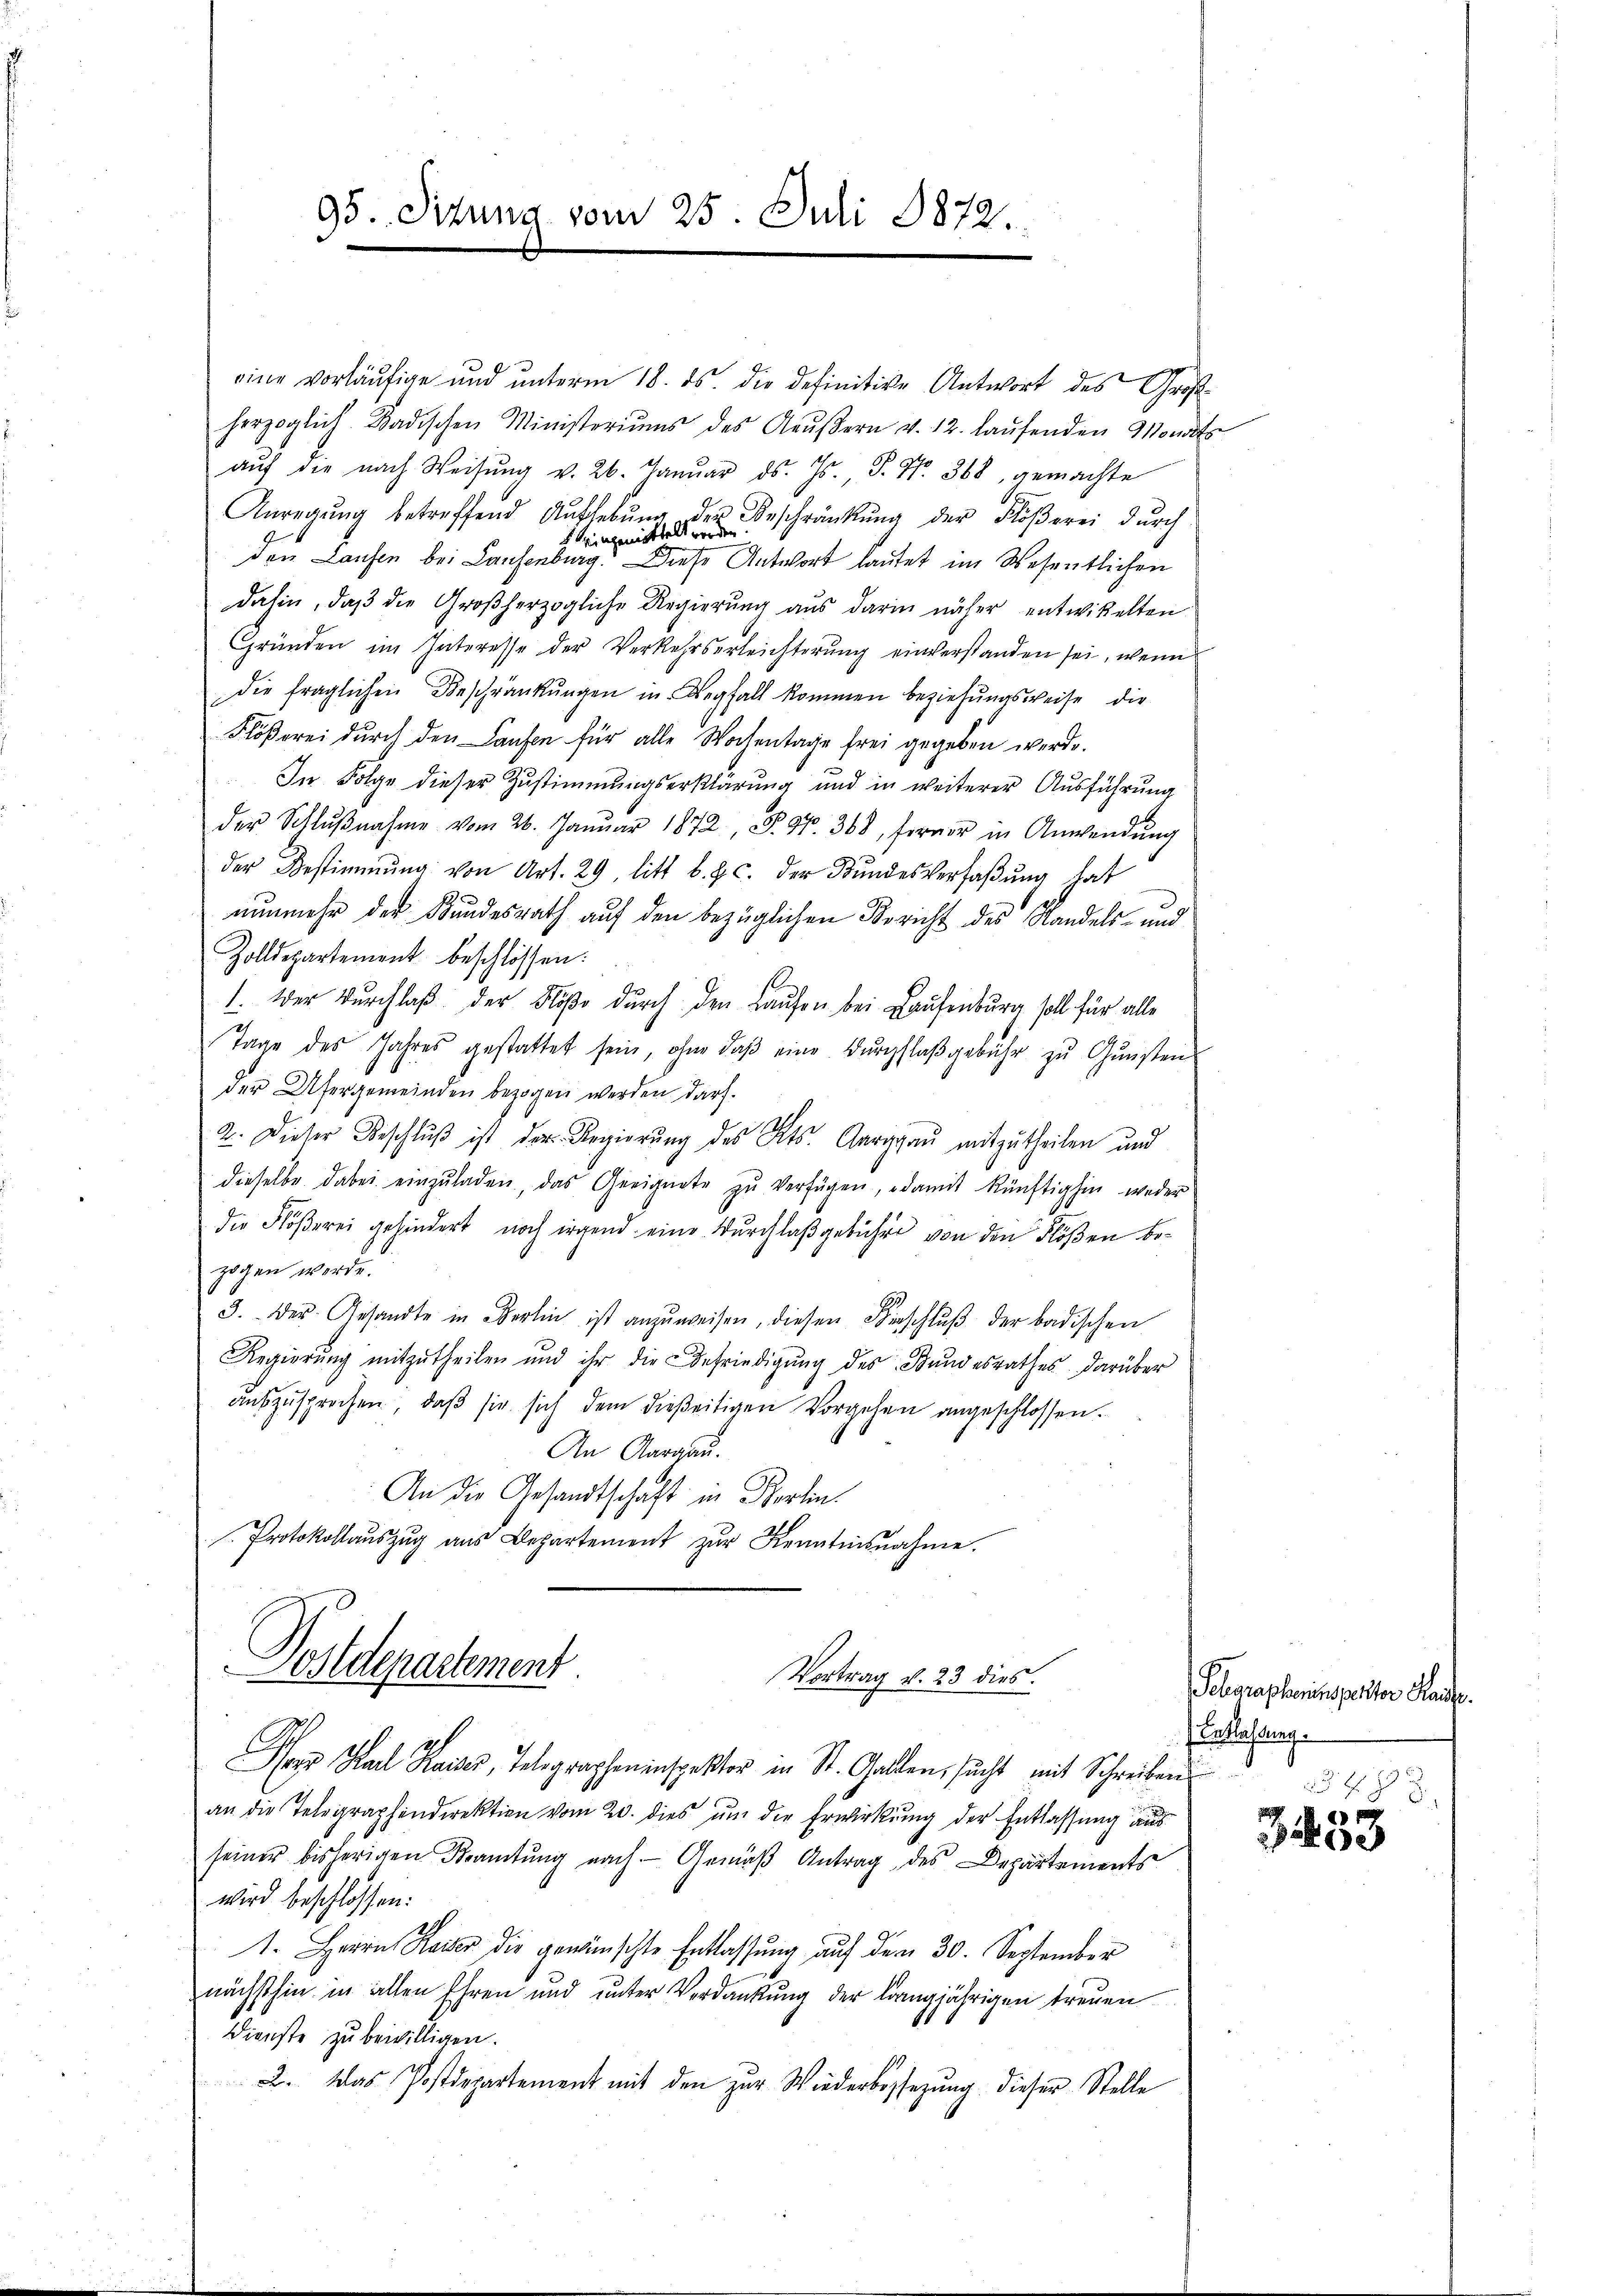
95. Situng vom 25. Juli 1872.

eine vorläufige und unterm 18. ds. die definitive Antwort des Großherzoglich. Badischen Ministeriums des Aŭβern v. 12. laŭfenden Monats
aŭf die nach Weisŭng v. 26. Janŭar d. Js. S. Nr. 368, gemachte
Anregŭng betreffend Aŭfhebŭng der Beschränkung der Flöβerei durch
den Laufen bei Laufenburg. Diese Antwort lautet im Wesentlichen
dahin, daβ die Großherzogliche Regierŭng aus darin näher entwickelten
Gründen im Interesse der Verkehrserleichterung einverstanden sei, wenn
die fraglichen Beschränkungen in Wegfall kommen beziehungsweise die
Flößerei dŭrch den Laufen für alle Wochentage frei gegeben werde.
In Folge dieser Zustimmungserklärung und in weiterer Ausführung
der Schlŭβnahme vom 26. Januar 1872, § 97. 368, ferner in Anwendŭng
der Bestimmung von Art. 29, litt b. p. c. der Bŭndesverfaβŭng hat
nunmehr der Bundesrath auf den bezüglichen Bericht des Mandels- und
Zolldepartement beschlossen:
1. Wer durchlaβ der Flöße durch den Laufen bei Laufenburg soll für alle
Tage des Jahres gestattet sein, ohne daβ eine Dŭrchflaβ gebühr zŭ Gŭnsten
der Ufergemeinden bezogen werden darf.
2. Dieser Beschlŭβ ist der Regierŭng des Kts. Aargaŭ mitzutheilen und
dieselbe dabei einzŭladen, das Geeignete zŭ verfügen, damit künftighin weder
die Flößerei gehindert noch irgend eine Durchlaßgebühr von den Flößen bezogen werde.
3. Der Gesandte in Berlin ist anzŭweisen, diesen Einschlŭβ der badischen
Regierŭng mitzutheilen und ihr die Befriedigŭng des Bundesrathes darüber
auszusprochen, daß sie sich dem dießeitigen Vorgehen angeschlossen.
An Aargau.
An die Gesandtschaft in Berlin¬
Protokollaŭszŭg aŭs Departement zŭr Krantensnahme.

Postdepartement.
Vortrag v. 23 dies.

Ihr Mal Kaiser, Telegrapheninspektor in St. Gallen, sucht mit Schreiben
an die Telegraphendirektion vom 20. dies um die Erwirkung der Entlassung aus
seiner bisherigen Beamtŭng nach. Gemäß Antrag des Departements
wird beschlossen:
1. Herrn Kaiser die gewünschte Entlassung auf dem 30. September
nächsthin in allen Ehren und unter Verdankung der langjährigen treuen
Dienste zu bewilligen.
2. Das Postdepartement mit den zur Wiederbossezung dieser Stelle

Schorapheninspektor Hau
Entlaßung.

2253